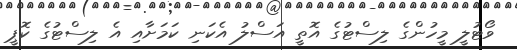
ވޯޓުލީ މީހުންގެ ލިސްޓުގެ އޮތީ އަސްލު އެކަނި ކަމަށާއި އެ ލިސްޓުގެ ކޮޕީ